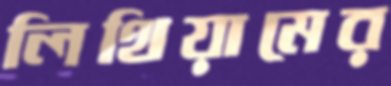
লিথিয়ামের